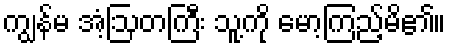
ကျွန်မ အံ့ဩတကြီး သူ့ကို မော့ကြည့်မိ၏။